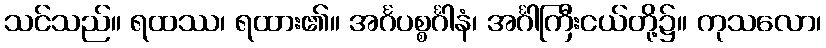
သင်သည်။ ရထဿ၊ ရထား၏။ အင်္ဂပစ္စင်္ဂါနံ၊ အင်္ဂါကြီးငယ်တို့၌။ ကုသလော၊